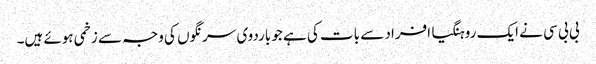
بی بی سی نے ایک روہنگیا افراد سے بات کی ہے جو باردوی سرنگوں کی وجہ سے زخمی ہوئے ہیں۔